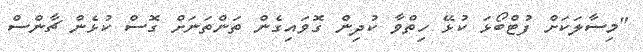
"މިސާލަކަށް ފުޓްބޯޅަ ކުޅޭ ހިތްވާ ކުދިން ގޮވައިގެން ތަންތަނަށް ގޮސް ކުޅެން ޗާންސް